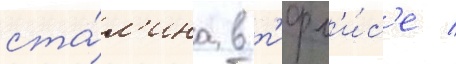
ста́л'ина в т'ифл'и́с'е /